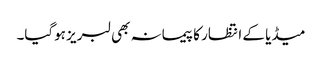
میڈیا کے انتظار کا پیمانہ بھی لبریز ہوگیا۔